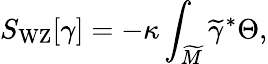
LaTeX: S_{\mathrm{WZ}}[\gamma]=-\kappa\int_{\widetilde M}\widetilde\gamma^{*}\Theta,